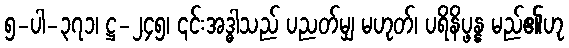
၅-ပါ-၃၇၁၊ ဋ္ဌ-၂၄၅၊ ၎င်းအဒ္ဓါသည် ပညတ်မျှ မဟုတ်၊ ပရိနိပ္ဖန္န မည်၏ဟု